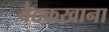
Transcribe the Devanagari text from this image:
बैठकखाना